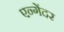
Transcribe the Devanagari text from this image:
एन्गेंदर